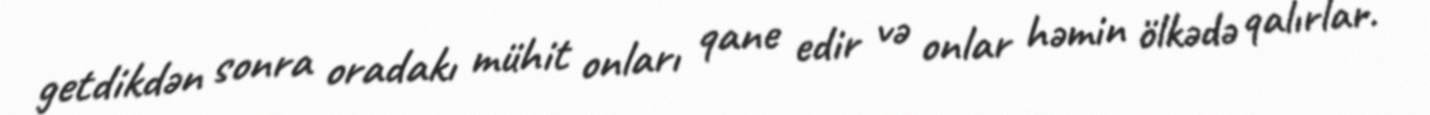
getdikdən sonra oradakı mühit onları qane edir və onlar həmin ölkədə qalırlar.